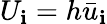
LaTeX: U_{\mathbf{i}}=h{{\bar{{u}}}}_{\mathbf{i}}